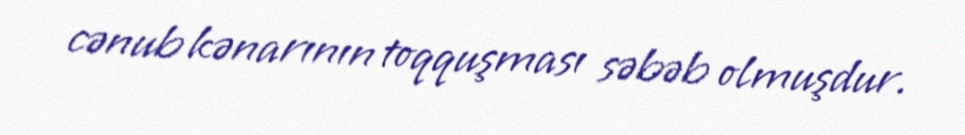
cənub kənarının toqquşması səbəb olmuşdur.